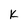
Character: k